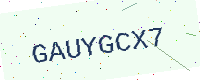
Text: GAUYGCX7